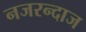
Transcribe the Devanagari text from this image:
नजरन्दाज